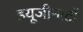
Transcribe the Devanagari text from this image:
हयूजीनाटों